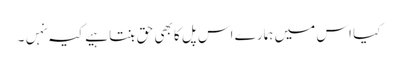
کیا اس میں ہمارے اس پل کا بھی حق بنتا ہیے کیہ نہں۔